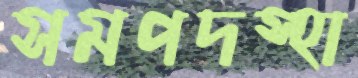
সমপদস্হা